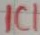
Text: IC1